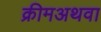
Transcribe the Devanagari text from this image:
क्रीमअथवा